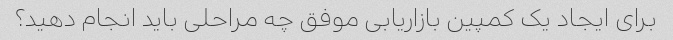
برای ایجاد یک کمپین بازاریابی موفق چه مراحلی باید انجام دهید؟